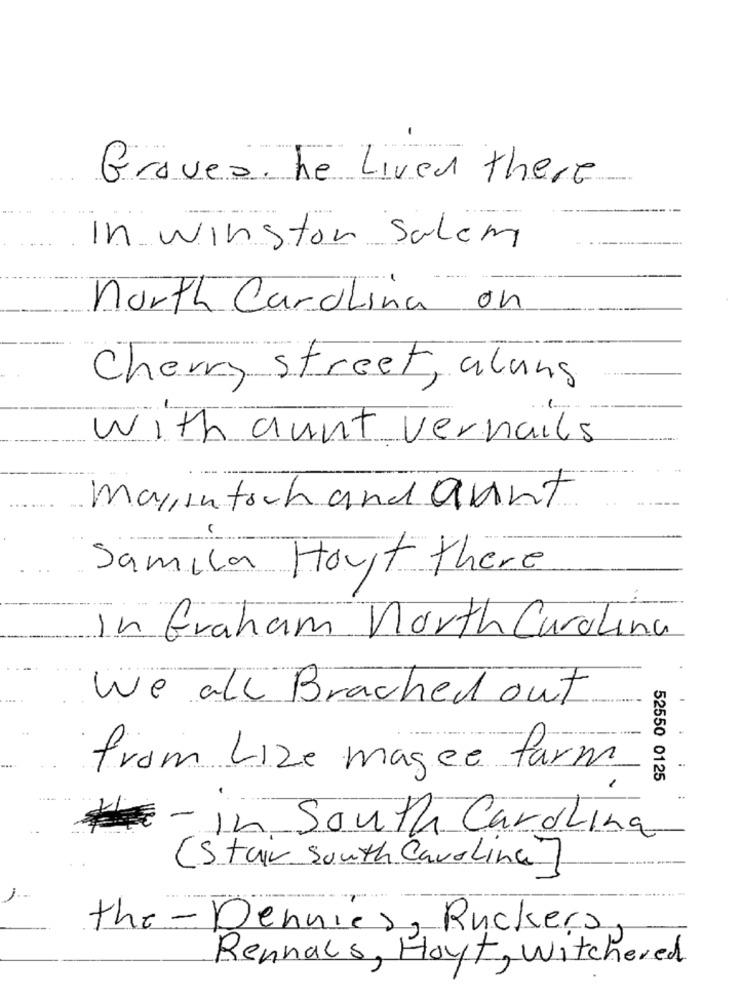
Graves. he Lived there
In winston salem
north Carolina on
Cherry street, alans
with aunt vernails
marin toch and Quint
Samila Hout there
In Graham north Carolina
We all Brached out
from Lize magee farm
52550 0125
- In South Carolina
(Stair South Carolina]
the-Dennies, Ruckers
Rennals, Hoyt, Witchered